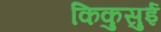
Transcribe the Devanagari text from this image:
किकुसुई